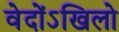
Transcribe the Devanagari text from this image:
वेदोंऽखिलो